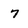
Character: 7